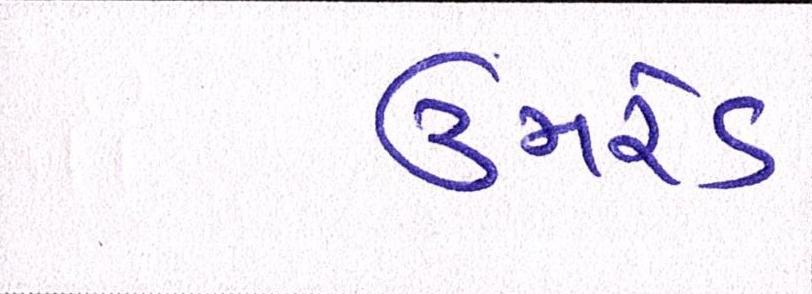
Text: ઉમરેડ